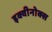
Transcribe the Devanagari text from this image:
इक्वीनोक्स